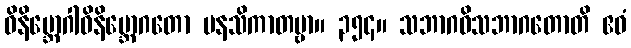
ဝိနိဗ္ဘောဂါဝိနိဗ္ဘောဂတော မနသိကာတဗ္ဗာ။ ၃၅၄။ သဘာဂဝိသဘာဂတောတိ ဧဝံ